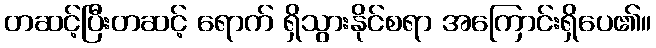
တဆင့်ပြီးတဆင့် ရောက် ရှိသွားနိုင်စရာ အကြောင်းရှိပေ၏။